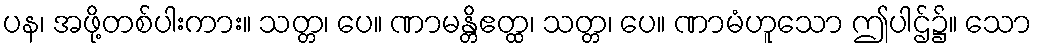
ပန၊ အဖို့တစ်ပါးကား။ သတ္တ၊ ပေ။ ဏာမန္တိဧတ္ထ၊ သတ္တ၊ ပေ။ ဏာမံဟူသော ဤပါဌ်၌။ သော